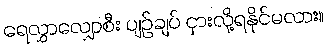
ရေလွှာလျှောစီး ပျဉ်ချပ် ငှားလို့ရနိုင်မလား။